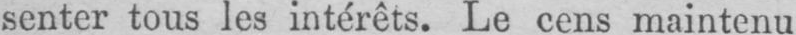
senter tous les intérêts. Le cens maintenu